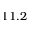
1 1 . 2